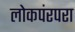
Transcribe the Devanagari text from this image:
लोकपंरपरा